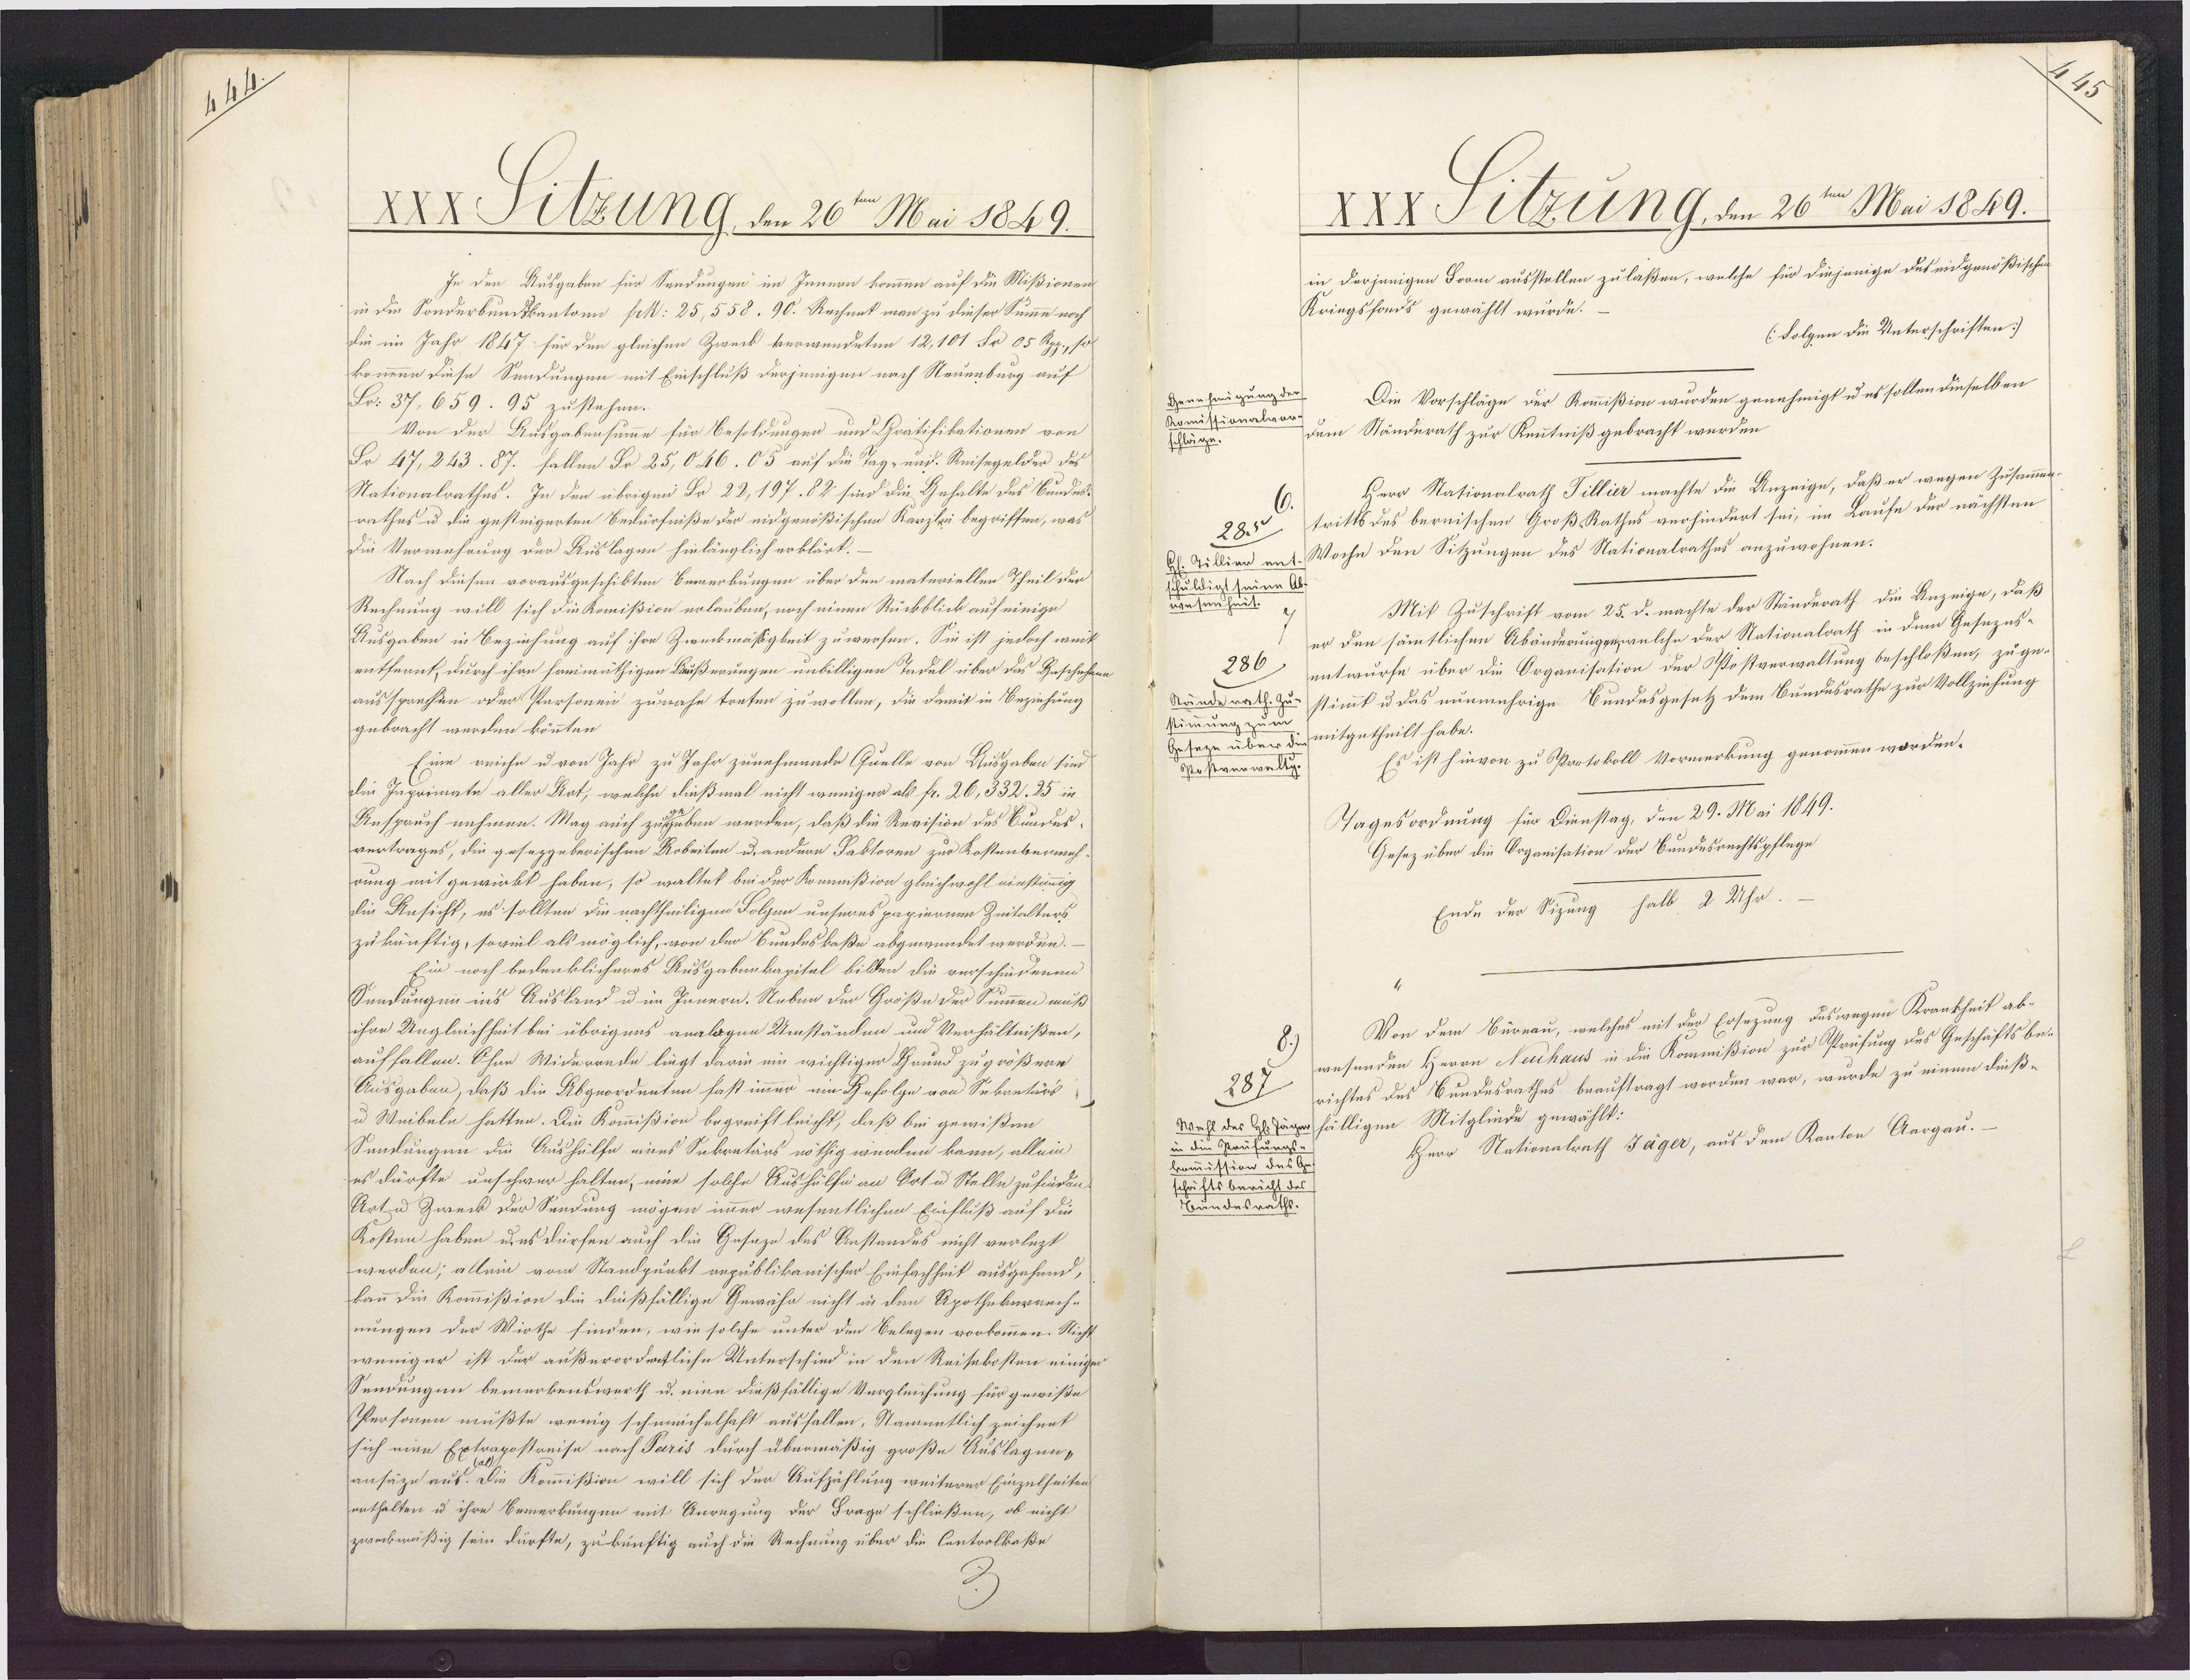
7

XXx Titzung dn 26te Mai 1829.
In den Ausgaben für Sendungen im Innern kommen auf die Mißionen
in die Sonderbunkkantonn fck: 25,558. 90. Rechnet man zu dieser Summe noch
die im Jahr 1847 für den gleichen Zweck verwendeten 12,101 Fr 05 Rpp, so
kommen diese Sendungen mit Einschluß derjenigen nach Nteuenburg auf
Fr. 37,659. 95 zustehen.
Von der Ausgabensumme für Besoldungen und Gratifikationen von
Fr 47,243. 87. fallen Po 25,046. 05 auf die Tag- und. Reisegelder des
Nationalrathes. In den übrigen Fr 22,197. 82 sind die Gehalte des Bundes¬
rathes u die gesteigerten Bedürfniße der eidgenößischen Karzlei begriffen, was
Die Vermehrung der Auslagen hinlänglich erklärt.
Nach diesen vorausgeschikten Bemerkungen über den materiellen Theil der
Rechnung will sich die Komißion erlauben, noch einen Rückblick auf einige
Ausgaben in Beziehung auf ihre Zweckmäßigkeit zuwerfen. Sie ist jedoch weit
entfernt, durch ihre freimüthigen Bußerungen unbilligen Tadel über das Beschehene
aussprechen oder Personen zunahe treten zu wollen, die damit in Beziehung
gebracht werden könnten.
Eine reiche u von Jahr zu Jahr zunehmende Quelle von Ausgaben sind
die Japrimate aller Aot, welche dießmal nicht weniger als fr. 26,332. 25 in
Anspruch nehmen. Mag auch zugeben werden, daß die Revision des Bundus¬
vertrages, die gesezgeberischen Arbeiten u. andere Baktoren zur Kostenbenmeh
rung mit gewirkt haben, so waltet bei der Kommißion gleichwohl einstimmig
die Ansicht, es sollten die nachtheiligen Folgen unseres papiernen Zeitalters
zu künftig, soveil als möglich, von der Bundeskaße abgewendet werden.
Ein noch bedenklicheres Ausgabenkapitel bilden die verschiedenen
Sendungen in's Ausland u im Innern. Neben der Größe der Summen muß
ihre Ungleichheit bei übrigens analogen Umständen und Verhältnißen,
auffallen. Ohne Widerrnde liegt darin ein wichtiger Grund zu größere
Ausgaben, daß die Abgeordenten fast immer um Gefolge von Sekretärs
u Weibele hatten. Die Kommißion begreift leicht, daß bei gewißen
Sendungen die Aushülfe eines Sekretärs nöthig werden kann, allein
es dürfte unschwer halten, eine solche Aushülfi an Ortu Stelle zufinden
Art u Zweck der Sendung mögen immer wesentlichen Einfluß auf die
Kosten haben u. es dürfen auch die Gesaze des Anstandes nicht verlezt
werden; allein vom Standpunkt republikanischer Einfachheit ausgehend,
kann die Kommißion die dießfällige Gewähr nicht in den Apothekernech-
nungen der Wirthe finden, wie solche unter den Belegen vorkommen. Nicht
wenigur ist der außerordentliche Unterschied in den Reisekosten einigen
Sendungen bemerkenswerth u. nien dießfällige Vergleichung für gewiße
Personen müßte wenig schmeichelhaft ausfallen, Stametlich zeichnet
sich eine Extrapostreise nach Paris durch übermäßig große Auslagen-
ansäze aus Die Kommißion will sich der Aufzählung weiterer Einzelheiten
enthalten u ihre Bemerkungen mit Anregung der Frage schließen, ob nicht
zweckmäßig sein dürfte, zu künftig auch die Rechnung über die Centrolkaße

XXX Silzung, den 26ten Mai 1849.
in derjenigen Form ausstellen zulaßen, welche für diejenige deseidgenößische
Kriegsfonds gewählt wurde.
(Folgen die Unterschriften]
Genehmigung der
Die Vorschläge der Kommißion wurden genehmigt u es sollen dieselben
Komissionalvor.
dem Ständnrath zur Kenntniß gebracht wurden.
schläge.
Herr Nationalrath Tillier machte die Anzeige, daß er wegen Zusammen¬
tritts des bernischen Groß-Rathes verhindert sei, im Laufe der nächsten
285
H. Tillier ent. Woche den Sitzungen des Nationalrathes anzuwohnen.
sschuldigt seine Al.
wesenheit
Mit Zuschrift vom 25. d. machte der Ständerath die Anzeige, daß
er den sämtlichen Abänderungge welche der Nationalrath in dem Gesezes¬
entwurfe über die Organisation der Postverwaltung beschloßen, zuge¬
286
Ständerath. zu-stimmt u das nunmehrige Bundesgesetz dem Bundesrathe zur Vollziehung
stimmung zum
Geseze über die mitgetheilt habe.
Es ist hinvon zu Protokoll Vormerkung genommen worden.
Sostverwelte
Tagesordnung für Dienstag, den 29. Mai 1849.
Gesez über die Soganisation der Bundesrechtspflege
Ende der Sizung halb 2 Uhr.
Von dem Büreau, welches mit der Ersezung deswegen Krankheit ab-
wesenden Herrn Neuhaus in die Kommißion zur Prüfung des Geschäftsbe-
richtes des Bundesrathes beauftragt worden war, wurde zu einem dieß¬
287
Wahl des Hl. Tägerfälligen Mitglinde gewählt:
Herr Nationalreth Jäger, aus dem Kanton Aargau.
in die Grufungs-
kommission des Ge¬
schriftsbericht de
Bundesrath